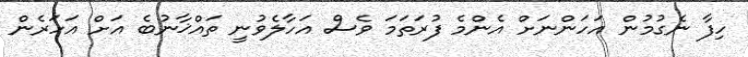
ހިފާ ނެގުމުން އަހަންނަށް އެންމެ ފުރަތަމަ ވެސް އަހާލެވުނީ ތައްޚާނުބެ އަށް އަހަރެން